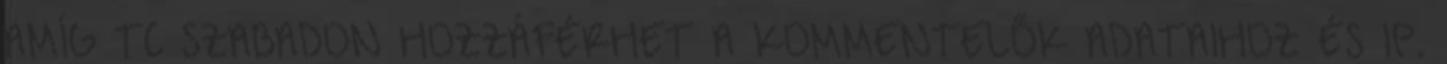
AMÍG TC SZABADON HOZZÁFÉRHET A KOMMENTELŐK ADATAIHOZ ÉS IP.